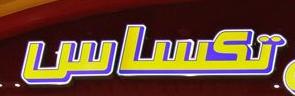
تكساس